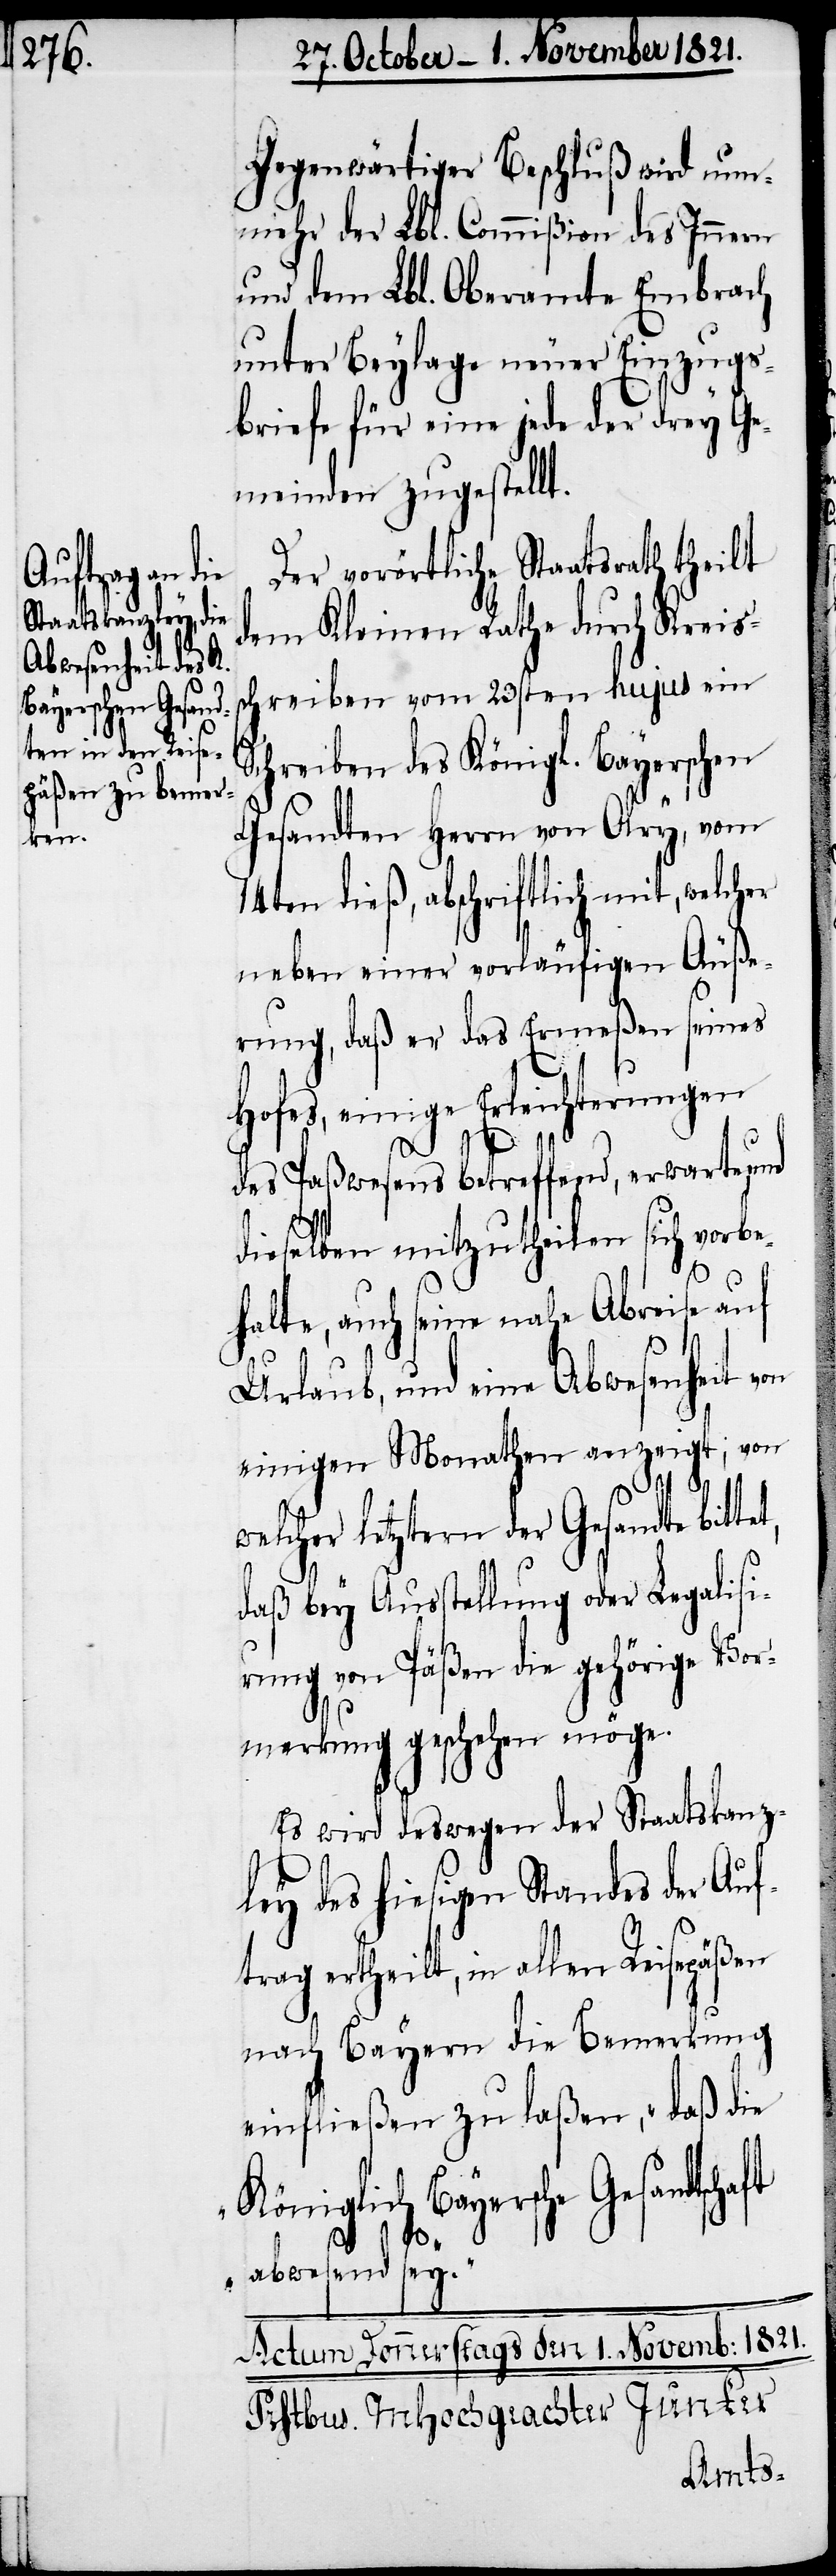
Gegenwärtiger Beschluß wird nun¬
mehr der Lbl. Commißion des Innern
und dem Lbl. Oberamte Embrach
unter Beylage neuer Einzugs¬
briefe für eine jede der drey Ge¬
meinden zugestellt.
Der vorörtliche Staatsrath theilt
dem Kleinen Rathe durch Kreis¬
schreiben vom 23sten hujus ein
Schreiben des Königl. Bayerschen
Gesandten Herrn von Olry, vom
14ten dieß, abschriftlich mit, welcher
neben einer vorläufigen Äuße¬
rung, daß er das Ermeßen seines
Hofes, einige Erleichterungen
des Paßwesens betreffend, erwarte,
dieselben mitzutheilen sich vorbe¬
halte, auch seine nahe Abreise auf
Urlaub, und eine Abwesenheit von
einigen Monathen anzeigt; von
welcher letztern der Gesandte bit¬
daß bey Ausstellung oder Legalisi¬
rung von Päßen die gehörige Vor¬
merkung geschehen möchte.
Es wird deswegen der Staatskanz¬
ley des hiesigen Standes der Auf¬
trag ertheilt, in allen Reisepäßen
nach Bayern die Bemerkung
einfließen zu laßen, „daß die
Königlich Bayersche Gesandtscha¬
ft
abwesend sey.“